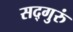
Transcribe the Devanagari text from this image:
सद्‌गुरुं